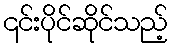
၎င်းပိုင်ဆိုင်သည့်